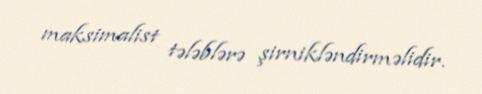
maksimalist tələblərə şirnikləndirməlidir.